Indian journal of veterinary science and animal husbandry - Volume 12,
Year: 1942
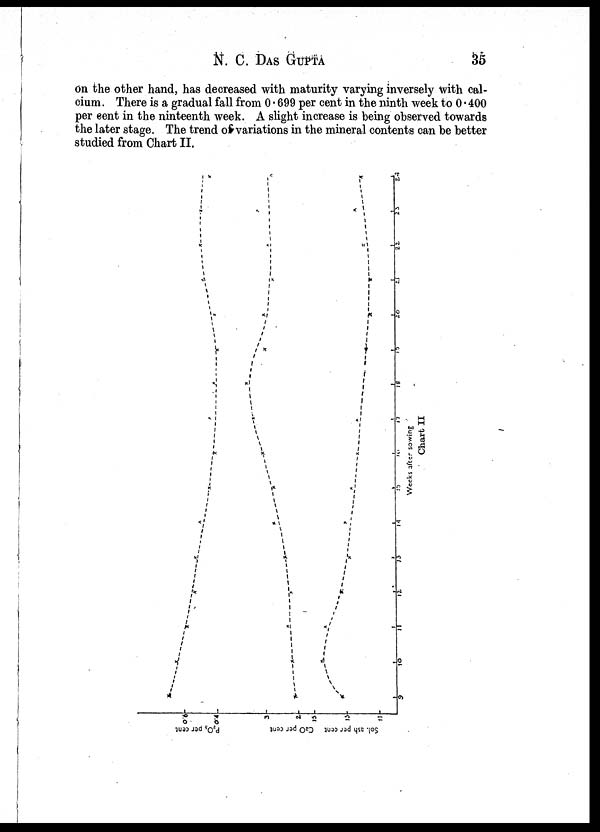
N. C. DAS GUPTA 35
on the other hand, has decreased with maturity varying inversely with cal-
cium . There is a gradual fall from 0.699 per cent in the ninth week to 0.400
per cent in the ninteenth week. A slight increase is being observed towards
the later stage. The trend of variations in the mineral contents can be better
studied from Chart II.